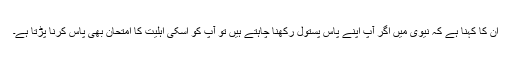
ان کا کہنا ہے کہ نیوی میں اگر آپ اپنے پاس پستول رکھنا چاہتے ہیں تو آپ کو اسکی اہلیت کا امتحان بھی پاس کرنا پڑتا ہے۔